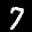
Label: 7